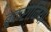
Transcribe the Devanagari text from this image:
बुकरानिया